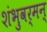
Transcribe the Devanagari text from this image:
शंभुवर्मन्